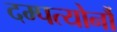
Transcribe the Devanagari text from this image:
दम्पत्योर्नौ